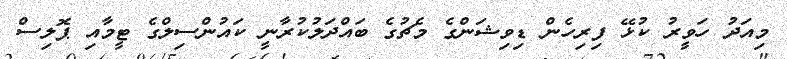
މިއަދު ހަވީރު ކުޅޭ ފިރިހެން ޑިވިޝަންގެ މެޗުގެ ބައްދަލުކުރާނީ ކައުންސިލްގެ ޓީމާއި ޕޮލިސް